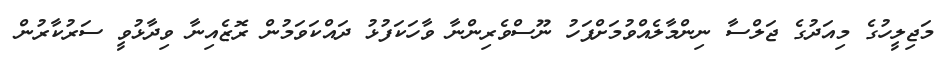
މަޖިލީހުގެ މިއަދުގެ ޖަލްސާ ނިންމާލެއްވުމަށްފަހު ނޫސްވެރިންނާ ވާހަކަފުޅު ދައްކަވަމުން ރޮޒެއިނާ ވިދާޅުވީ ސަރުކާރުން